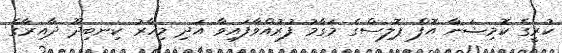
ކުރީގެ ކޮމިޝަނާ އޮފް ޕޮލިސްގެ މަގާމު ފުރުއްވާފައިވާ އަދި މިހާރު ކިނބިދޫ ދާއިރާގެ